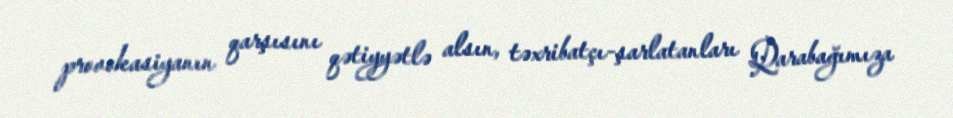
provokasiyanın qarşısını qətiyyətlə alsın, təxribatçı-şarlatanları Qarabağımıza